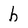
Character: b